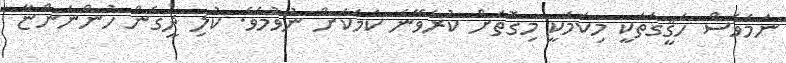
ނަމަވެސް ހަޤީގަތަކީ މިކަމަކީ މިގޮތަށް ކުރެވޭނެ ކަމަކަށް ނުވުމެވެ. ކުލި ދީގެން ހުންނަންޏާ